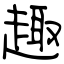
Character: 趣